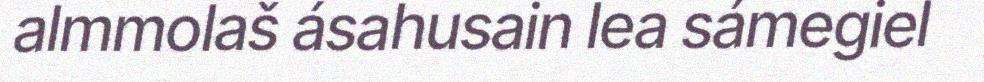
almmolaš ásahusain lea sámegiel